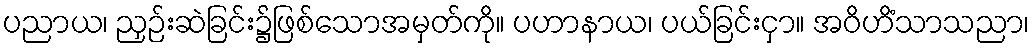
ပညာယ၊ ညှဉ်းဆဲခြင်း၌ဖြစ်သောအမှတ်ကို။ ပဟာနာယ၊ ပယ်ခြင်းငှာ။ အဝိဟိံသာသညာ၊